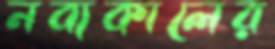
নব্যকালের